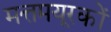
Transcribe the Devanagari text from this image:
मत्तमयूरकों